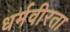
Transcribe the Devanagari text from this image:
धर्मवीरता